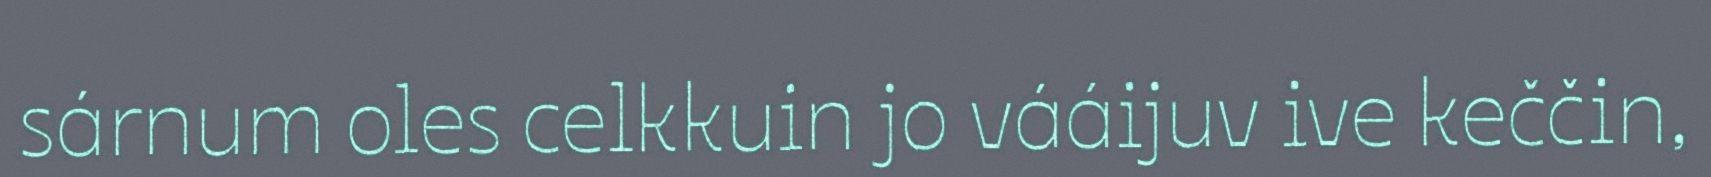
sárnum oles celkkuin jo vááijuv ive keččin,